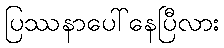
ပြဿနာပေါ်နေပြီလား